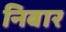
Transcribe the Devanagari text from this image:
निबार